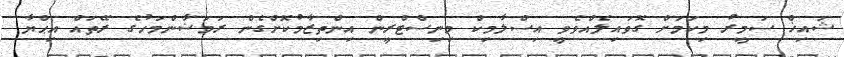
ޝައިޚް ސަމީރު މިކަމަށް ގޮވައިލެއްވެވީ އިސްލާމިކް މިނިސްޓްރީން އިންތިޒާމުކޮށްގެން ރަމަޟާންމަހުގެ ރޭތައް އިޙްޔާ